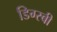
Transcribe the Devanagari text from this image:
डिग्स्बी